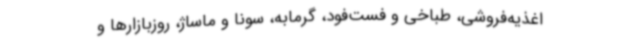
اغذیه‌فروشی، طباخی و فست‌فود، گرمابه، سونا و ماساژ، روزبازارها و